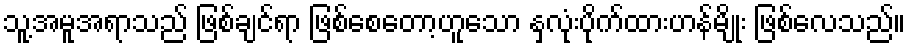
သူ့အမူအရာသည် ဖြစ်ချင်ရာ ဖြစ်စေတော့ဟူသော နှလုံးပိုက်ထားဟန်မျိုး ဖြစ်လေသည်။